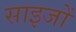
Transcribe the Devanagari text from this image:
साइजों